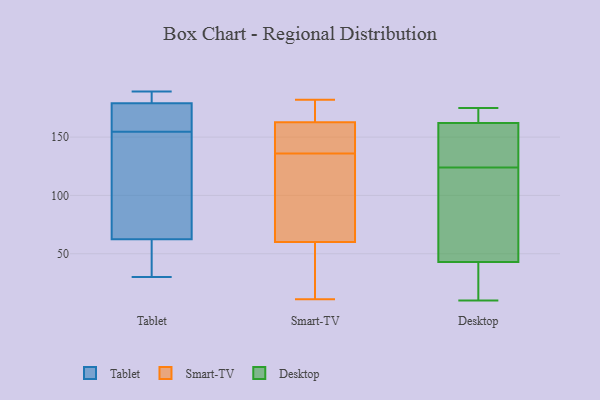
{"axis": {"x": "Humidity (%)", "y": "Value"}, "legend": ["Desktop", "Smart-TV", "Tablet"], "data": [{"x": "", "y": 172, "type": "Tablet"}, {"x": "", "y": 91, "type": "Tablet"}, {"x": "", "y": 149, "type": "Tablet"}, {"x": "", "y": 32, "type": "Tablet"}, {"x": "", "y": 175, "type": "Tablet"}, {"x": "", "y": 30, "type": "Tablet"}, {"x": "", "y": 188, "type": "Tablet"}, {"x": "", "y": 34, "type": "Tablet"}, {"x": "", "y": 189, "type": "Tablet"}, {"x": "", "y": 91, "type": "Tablet"}, {"x": "", "y": 160, "type": "Tablet"}, {"x": "", "y": 183, "type": "Tablet"}, {"x": "", "y": 128, "type": "Smart-TV"}, {"x": "", "y": 153, "type": "Smart-TV"}, {"x": "", "y": 11, "type": "Smart-TV"}, {"x": "", "y": 98, "type": "Smart-TV"}, {"x": "", "y": 166, "type": "Smart-TV"}, {"x": "", "y": 142, "type": "Smart-TV"}, {"x": "", "y": 182, "type": "Smart-TV"}, {"x": "", "y": 84, "type": "Smart-TV"}, {"x": "", "y": 145, "type": "Smart-TV"}, {"x": "", "y": 40, "type": "Smart-TV"}, {"x": "", "y": 175, "type": "Smart-TV"}, {"x": "", "y": 136, "type": "Smart-TV"}, {"x": "", "y": 166, "type": "Smart-TV"}, {"x": "", "y": 38, "type": "Smart-TV"}, {"x": "", "y": 52, "type": "Smart-TV"}, {"x": "", "y": 30, "type": "Desktop"}, {"x": "", "y": 156, "type": "Desktop"}, {"x": "", "y": 56, "type": "Desktop"}, {"x": "", "y": 158, "type": "Desktop"}, {"x": "", "y": 16, "type": "Desktop"}, {"x": "", "y": 69, "type": "Desktop"}, {"x": "", "y": 166, "type": "Desktop"}, {"x": "", "y": 137, "type": "Desktop"}, {"x": "", "y": 170, "type": "Desktop"}, {"x": "", "y": 10, "type": "Desktop"}, {"x": "", "y": 175, "type": "Desktop"}, {"x": "", "y": 111, "type": "Desktop"}]}